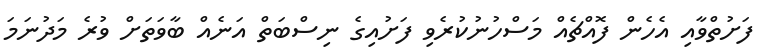
ފަށުތްވާއި އެހެން ފޮއްޗެއް މަސްހުނުކުރެވި ފަށުއިގެ ނިސްބަތް އަނެއް ބާވަތަށް ވުރެ މަދުނަމަ